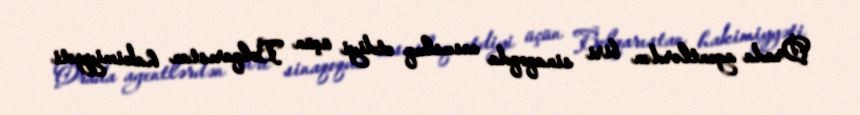
Orada agentlərdən biri sinaqoqda casusluq etdiyi üçün Bolqarıstan hakimiyyəti